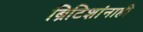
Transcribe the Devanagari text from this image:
ब्रिटिशांनाही